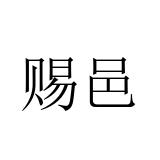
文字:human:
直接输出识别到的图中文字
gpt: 赐邑